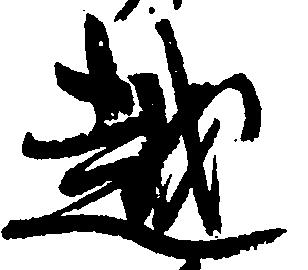
越